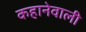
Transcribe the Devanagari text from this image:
कहानेवाली